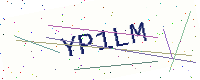
Text: YP1LM